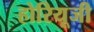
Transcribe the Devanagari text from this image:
होरियूजी